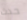
حدث